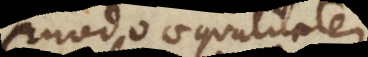
o aequalitatem